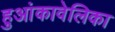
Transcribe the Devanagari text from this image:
हुआंकावेलिका